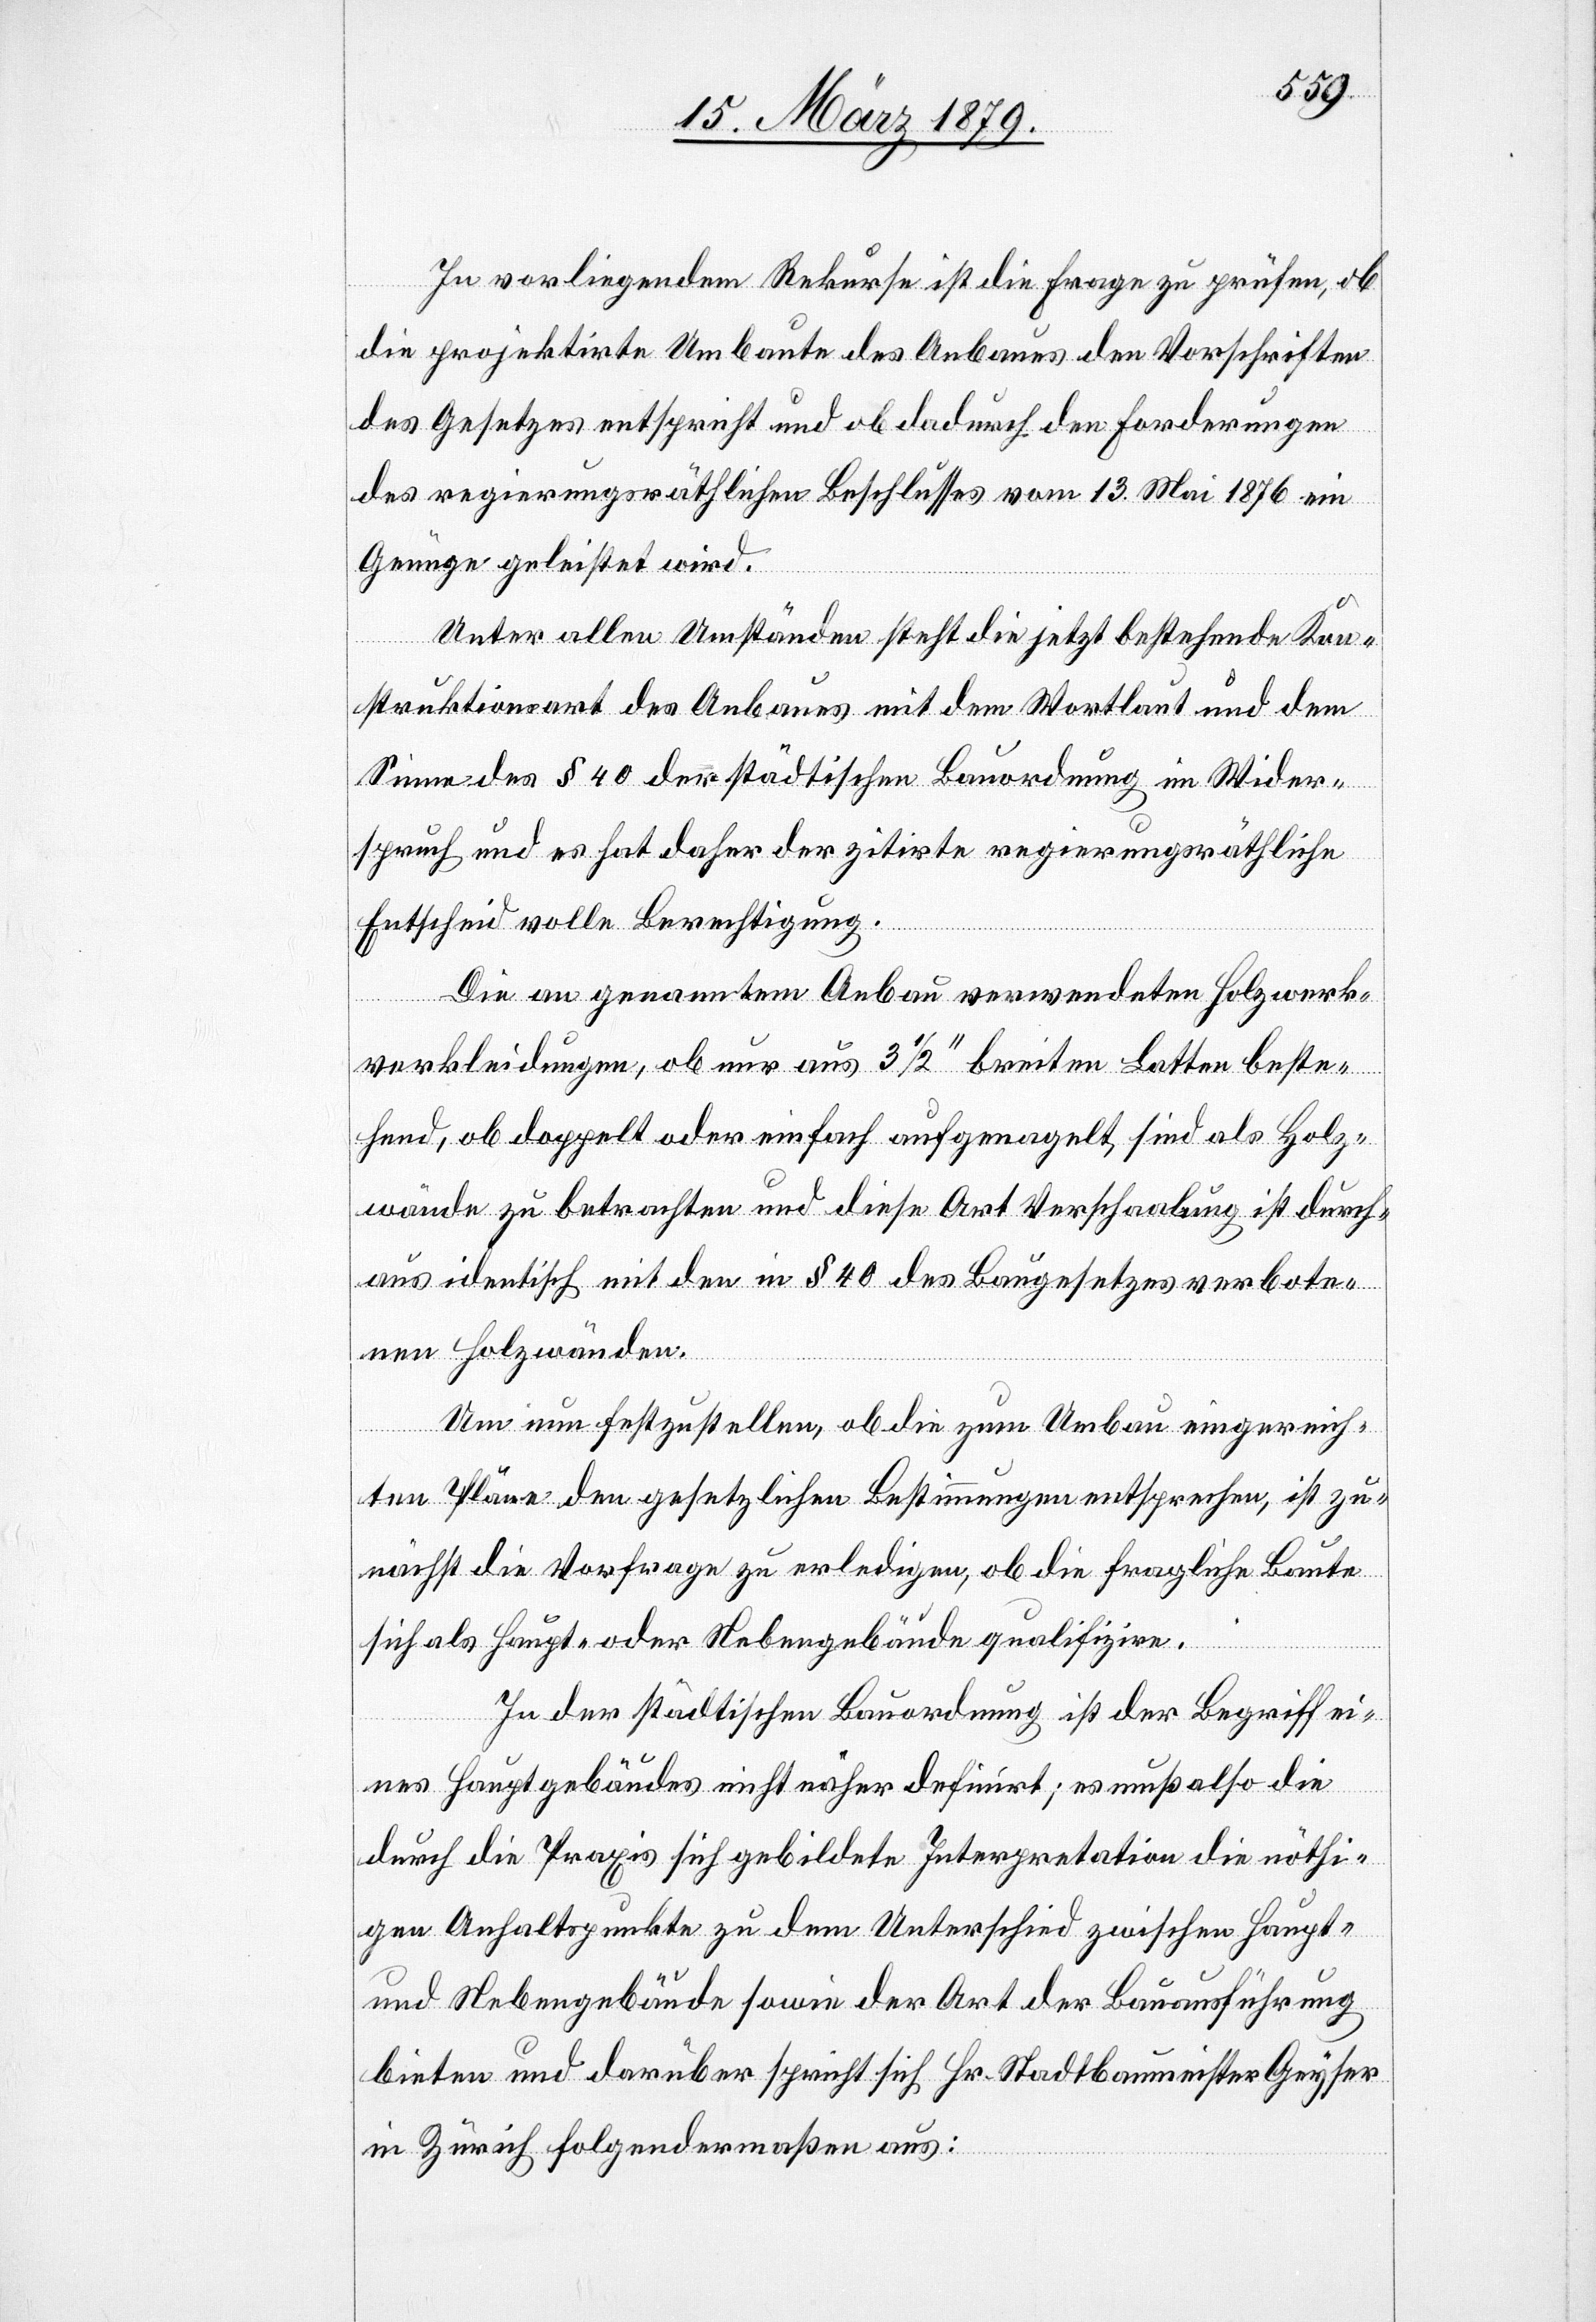
In vorliegendem Rekurse ist die Frage zu prüfen, ob
die projektirte Umbaute des Anbaues den Vorschriften
des Gesetzes entspricht und ob dadurch den Forderungen
des regierungsräthlichen Beschlusses vom 13. Mai 1876 ein
Genüge geleistet wird.
Unter allen Umständen steht die jetzt bestehende Kon¬
struktionsart des Anbaues mit dem Wortlaut und dem
Sinne des § 40 der städtischen Bauordnung im Wider¬
spruch und es hat daher der zitirte regierungsräthliche
Entscheid volle Berechtigung.
Die an genanntem Anbau verwendeten Holzwerk¬
verkleidungen, ob nur aus 3 1/2‘‘ breiten Latten beste¬
hend, ob doppelt oder einfach aufgenagelt, sind als Holz¬
wände zu betrachten und diese Art Verschaalung ist durch¬
aus identisch mit den in § 40 des Baugesetzes verbote¬
nen Holzwänden.
Um nun festzustellen, ob die zum Umbau eingereich¬
ten Pläne den gesetzlichen Bestimmungen entsprechen, ist zu¬
nächst die Vorfrage zu erledigen, ob die fragliche Baute
sich als Haupt- oder Nebengebäude qualifizire.
In der städtischen Bauordnung ist der Begriff ei¬
nes Hauptgebäudes nicht näher definirt; es muß also die
durch die Praxis sich gebildete Interpretation die nöthi¬
gen Anhaltspunkte zu dem Unterschied zwischen Haupt-
und Nebengebäude sowie der Art der Bauausführung
bieten und darüber spricht sich Hr. Stadtbaumeister Geyser
in Zürich folgendermaßen aus: